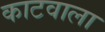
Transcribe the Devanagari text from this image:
काटवाला